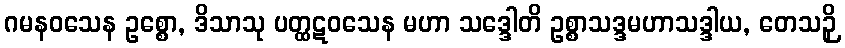
ဂမနဝသေန ဥစ္စော, ဒိသာသု ပတ္ထဋဝသေန မဟာ သဒ္ဒေါတိ ဥစ္စာသဒ္ဒမဟာသဒ္ဒါယ, တေသဉှိ